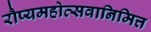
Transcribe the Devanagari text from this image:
रौप्यमहोत्सवानिमित्त